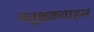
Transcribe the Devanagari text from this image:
चतुश्चक्रवाहन